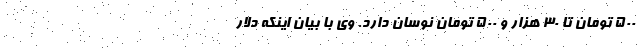
۵۰۰ تومان تا ۳۰ هزار و ۵۰۰ تومان نوسان دارد. وی با بیان اینکه دلار